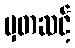
မှတဆင့်